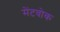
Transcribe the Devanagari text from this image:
मेंटवोक